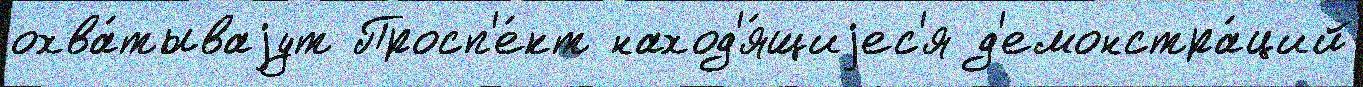
охва́тываjут Просп'е́кт наход'я́щиjес'я д'емонстра́ций